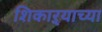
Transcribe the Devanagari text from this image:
शिकाऱ्याच्या